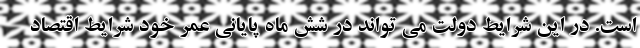
است. در این شرایط دولت می تواند در شش ماه پایانی عمر خود شرایط اقتصاد